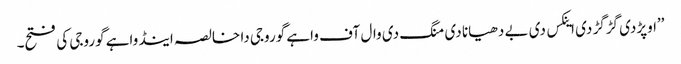
’’اوپڑدی گڑگڑ دی اینکس دی بے دھیانا دی منگ دی وال آف واہے گوروجی دا خالصہ اینڈ واہے گوروجی کی فتح۔